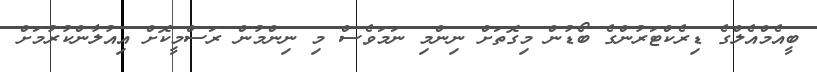
ބީއެމްއެލްގެ ޑިރެކްޓަރުންގެ ބޯޑުން މިގޮތަށް ނިންމި ނަމަވެސް މި ނިންމުން ރަސްމީކޮށް އިިއުލާންކުރުމަށް